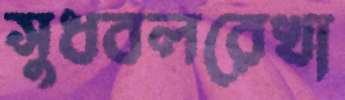
সুধবলরেখা